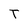
Character: T